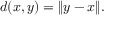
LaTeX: d ( x , y ) = \| y - x \| .